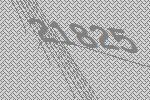
21825